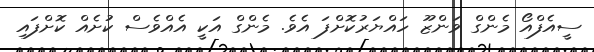
ސީއެފްއޯ މެންގް ވަންޒޫ ހައްޔަރުކޮށްފަ އެވެ. މެންގް އަކީ އެއްވެސް ކުށެއް ކޮށްފައި